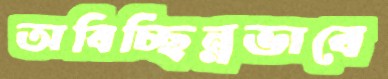
অবিচ্ছিন্নভাবে